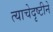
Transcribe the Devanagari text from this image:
त्याचेदृष्टीने